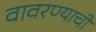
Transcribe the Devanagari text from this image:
वावरण्याची